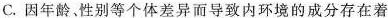
C.因年龄。性别等个体差异而导致内环境的成分存在着